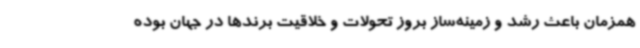
همزمان باعث رشد و زمینه‌ساز بروز تحولات و خلاقیت برندها در جهان بوده